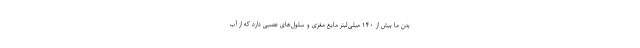
بدن ما بیش از ۱۴۰ میلی‌لیتر مایع مغزی و سلول‌های عصبی دارد که از آب